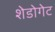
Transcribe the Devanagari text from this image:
शेडोगेट